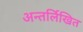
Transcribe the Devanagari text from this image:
अन्तर्लिखित